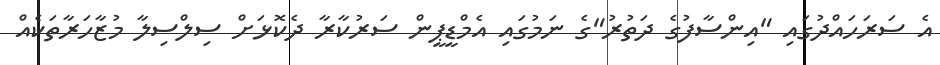
އެ ސަރަހައްދުގައި "އިންސާފުގެ ދަތުރު"ގެ ނަމުގައި އެމްޑީޕީން ސަރުކާރާ ދެކޮޅަށް ސިލްސިލާ މުޒާހަރާތަކެއް